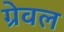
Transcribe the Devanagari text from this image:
ग्रेवल